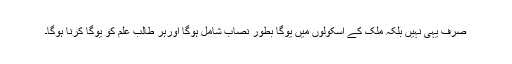
صرف یہی نہیں بلکہ ملک کے اسکولوں میں یوگا بطور نصاب شامل ہوگا اورہر طالب علم کو یوگا کرنا ہوگا۔